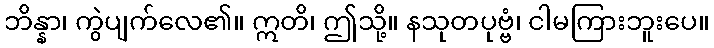
ဘိန္နာ၊ ကွဲပျက်လေ၏။ ဣတိ၊ ဤသို့။ နသုတပုဗ္ဗံ၊ ငါမကြားဘူးပေ။